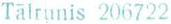
Tälrunis 206722